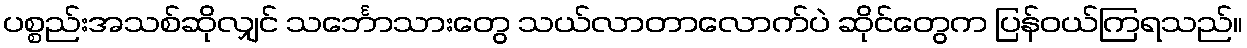
ပစ္စည်းအသစ်ဆိုလျှင် သင်္ဘောသားတွေ သယ်လာတာလောက်ပဲ ဆိုင်တွေက ပြန်ဝယ်ကြရသည်။